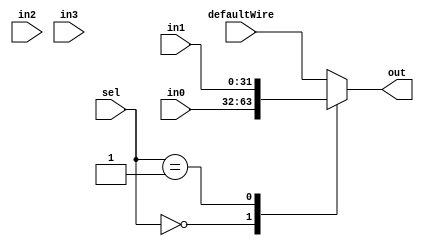
module mux_4_x_32 (out, in0, in1, in2, in3, defaultWire, sel);
	input [1:0] sel;
	input [31:0] in0, in1, in2, in3, defaultWire;
	output reg [31:0] out;

	always @(sel, in0, in1, defaultWire) begin
		case (sel)
			00: out <= in0;
			01: out <= in1;
			10: out <= in2;
			11: out <= in3;
			default: out <= defaultWire;
		endcase
	end

endmodule

module mux_4_x_32_tb ();
	reg [1:0] sel;
	reg [31:0] in0, in1, in2, in3, defaultValue;
	wire [31:0] out;

	mux_4_x_32 testMux (out, in0, in1, in2, in3, defaultValue, sel);

	initial begin

		$monitor("Sel: %b, Out: %h", sel, out);

		in0 <= 32'd16;
		in1 <= 32'h4C;
		in2 <= 32'h2D;
		in3 <= 32'hB3;
		defaultValue <= 32'd41;

		#5 sel <= 2'b00;
		#5 sel <= 2'b01;
		#5 sel <= 2'b10;
		#5 sel <= 2'b11;
	end

endmodule